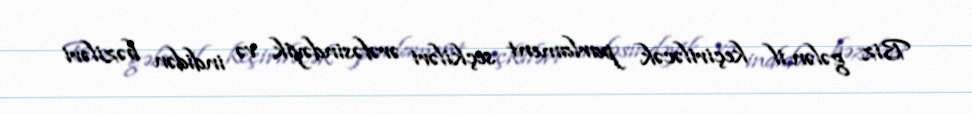
Biz gələn il keçiriləcək parlament seçkiləri ərəfəsindəyik və indidən bəziləri